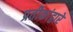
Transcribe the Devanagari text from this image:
प्रतीकांद्वारे